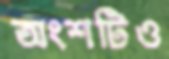
অংশটিও